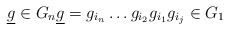
\begin{align*}\underline g \in G_n \underline g=g_{i_n} \dots g_{i_2} g_{i_1} g_{i_j} \in G_1\end{align*}